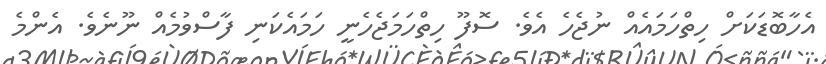
އެހާބޮޑަކަށް ހިތްހަމައެއް ނުޖެހެ އެވެ. ސޮފޫ ހިތްހަމަޖެހެނީ ހަމައެކަނި ފާސްވުމެއް ނޫނެވެ. އެންމެ